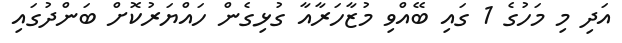
އަދި މި މަހުގެ 1 ގައި ބޭއްވި މުޒާހަރާއާ ގުޅިގެން ހައްޔަރުކޮށް ބަންދުގައި